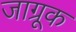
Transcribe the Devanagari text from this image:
जाग्रूक